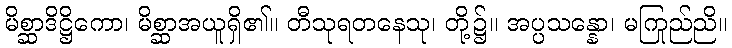
မိစ္ဆာဒိဋ္ဌိကော၊ မိစ္ဆာအယူရှိ၏။ တီသုရတနေသု၊ တို့၌။ အပ္ပသန္နော၊ မကြည်ညို။